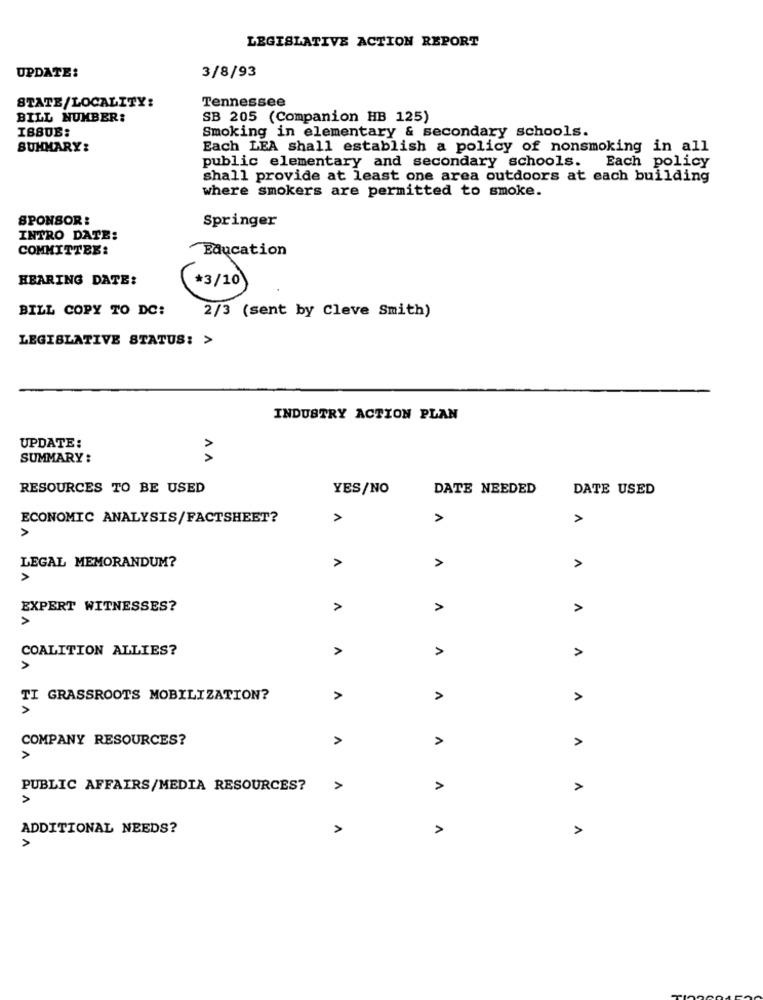
LEGISLATIVE ACTION REPORT
3/8/93
UPDATE:
Tennessee
STATE/LOCALITY:
BILL NUMBER:
SB 205 (Companion HB 125)
ISSUB:
Smoking in elementary & secondary schools.
SUMMARY:
Each LEA shall establish a policy of nonsmoking in all
public elementary and secondary schools. Each policy
shall provide at least one area outdoors at each building
where smokers are permitted to smoke.
SPONSOR :
Springer
INTRO DATE:
COMMITTEE:
Education
HEARING DATE:
*3/10
BILL COPY TO DC:
2/3 (sent by Cleve Smith)
LEGISLATIVE STATUS: >
INDUSTRY ACTION PLAN
UPDATE:
SUMMARY :
AA
RESOURCES TO BE USED
YES/NO
DATE NEEDED
DATE USED
ECONOMIC ANALYSIS/FACTSHEET?
>
A
A
A
>
>
LEGAL MEMORANDUM?
A
>
EXPERT WITNESSES?
A
A
>
COALITION ALLIES?
A
A
>
A
TI GRASSROOTS MOBILIZATION?
A
A
A
COMPANY RESOURCES?
>
A
A
>
PUBLIC AFFAIRS/MEDIA RESOURCES?
>
>
ADDITIONAL NEEDS?
A
A
>
>